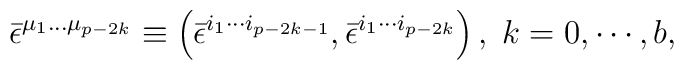
\bar \epsilon ^{\mu _1\ldots \mu _{p-2k}}\equiv \left( \bar\epsilon ^{i_1\cdots i_{p-2k-1}},\bar \epsilon ^{i_1\cdots i_{p-2k}}\right),\;k=0,\cdots ,b,